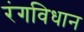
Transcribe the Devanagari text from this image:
रंगविधान